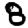
Digit: 8